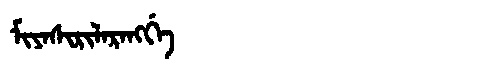
Manchu: ᠮᡳᠶᠠᠰᡳᡵᡳᠯᠠᡵᠠᠩᡤᡝ
Romanization: MIYASIRILARANGGE